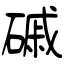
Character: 磩